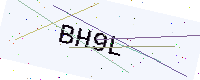
Text: BH9L